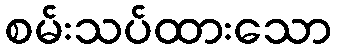
စမ်းသပ်ထားသော